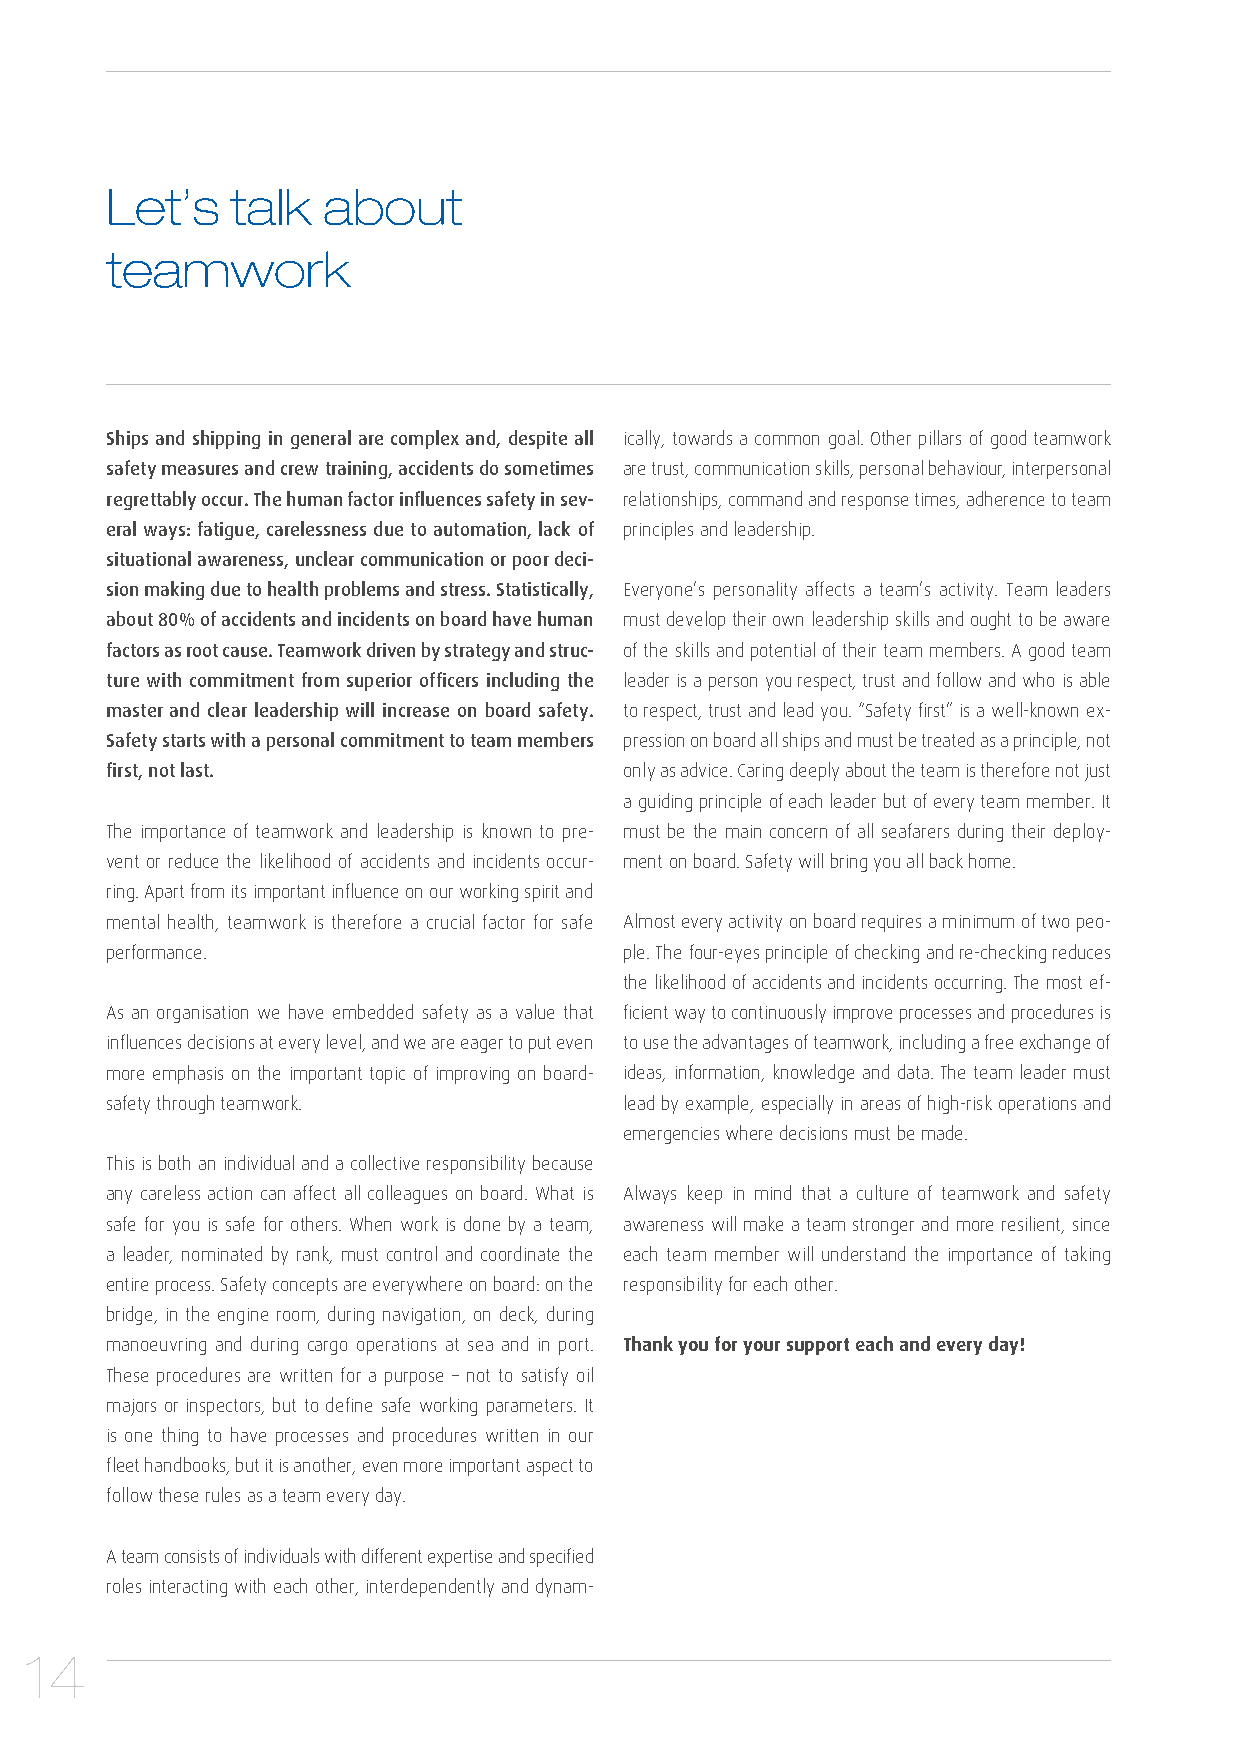
Let’s   talk  about
 teamwork
 Ships and shipping in general are complex and, despite all ically, towards a common goal. Other pillars of good teamwork
 safety measures and crew training, accidents do sometimes are trust, communication skills, personal behaviour, interpersonal
 regrettably occur. The human factor influences safety in sev- relationships, command and response times, adherence to team
 eral ways: fatigue, carelessness due to automation, lack of principles and leadership.
 situational awareness, unclear communication or poor deci-
 sion making due to health problems and stress. Statistically, Everyone’s personality affects a team’s activity. Team leaders
 about 80% of accidents and incidents on board have human must develop their own leadership skills and ought to be aware
 factors as root cause. Teamwork driven by strategy and struc- of the skills and potential of their team members. A good team
 ture with commitment from superior officers including the leader is a person you respect, trust and follow and who is able
 master and clear leadership will increase on board safety. to respect, trust and lead you. “Safety first” is a well-known ex-
 Safety starts with a personal commitment to team members pression on board all ships and must be treated as a principle, not
 first, not last.                  only as advice. Caring deeply about the team is therefore not just
 a guiding principle of each leader but of every team member. It
 The importance of teamwork and leadership is known to pre- must be the main concern of all seafarers during their deploy-
 vent or reduce the likelihood of accidents and incidents occur- ment on board. Safety will bring you all back home.
 ring. Apart from its important influence on our working spirit and
 mental health, teamwork is therefore a crucial factor for safe Almost every activity on board requires a minimum of two peo-
 performance.                      ple. The four-eyes principle of checking and re-checking reduces
 the likelihood of accidents and incidents occurring. The most ef-
 As an organisation we have embedded safety as a value that ficient way to continuously improve processes and procedures is
 influences decisions at every level, and we are eager to put even to use the advantages of teamwork, including a free exchange of
 more emphasis on the important topic of improving on board- ideas, information, knowledge and data. The team leader must
 safety through teamwork.          lead by example, especially in areas of high-risk operations and
 emergencies where decisions must be made.
 This is both an individual and a collective responsibility because
 any careless action can affect all colleagues on board. What is Always keep in mind that a culture of teamwork and safety
 safe for you is safe for others. When work is done by a team, awareness will make a team stronger and more resilient, since
 a leader, nominated by rank, must control and coordinate the each team member will understand the importance of taking
 entire process. Safety concepts are everywhere on board: on the responsibility for each other.
 bridge, in the engine room, during navigation, on deck, during
 manoeuvring and during cargo operations at sea and in port. Thank you for your support each and every day!
 These procedures are written for a purpose – not to satisfy oil
 majors or inspectors, but to define safe working parameters. It
 is one thing to have processes and procedures written in our
 fleet handbooks, but it is another, even more important aspect to
 follow these rules as a team every day.
 A team consists of individuals with different expertise and specified
 roles interacting with each other, interdependently and dynam-
 14